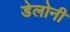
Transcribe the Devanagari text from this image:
डेलोनी